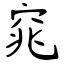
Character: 窕